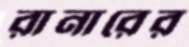
রানারের